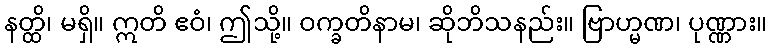
နတ္ထိ၊ မရှိ။ ဣတိ ဧဝံ၊ ဤသို့။ ဝက္ခတိနာမ၊ ဆိုဘိသနည်း။ ဗြာဟ္မဏ၊ ပုဏ္ဏား။